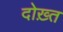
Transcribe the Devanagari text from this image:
दोख़्त